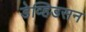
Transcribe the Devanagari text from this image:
डेव्हिडसन